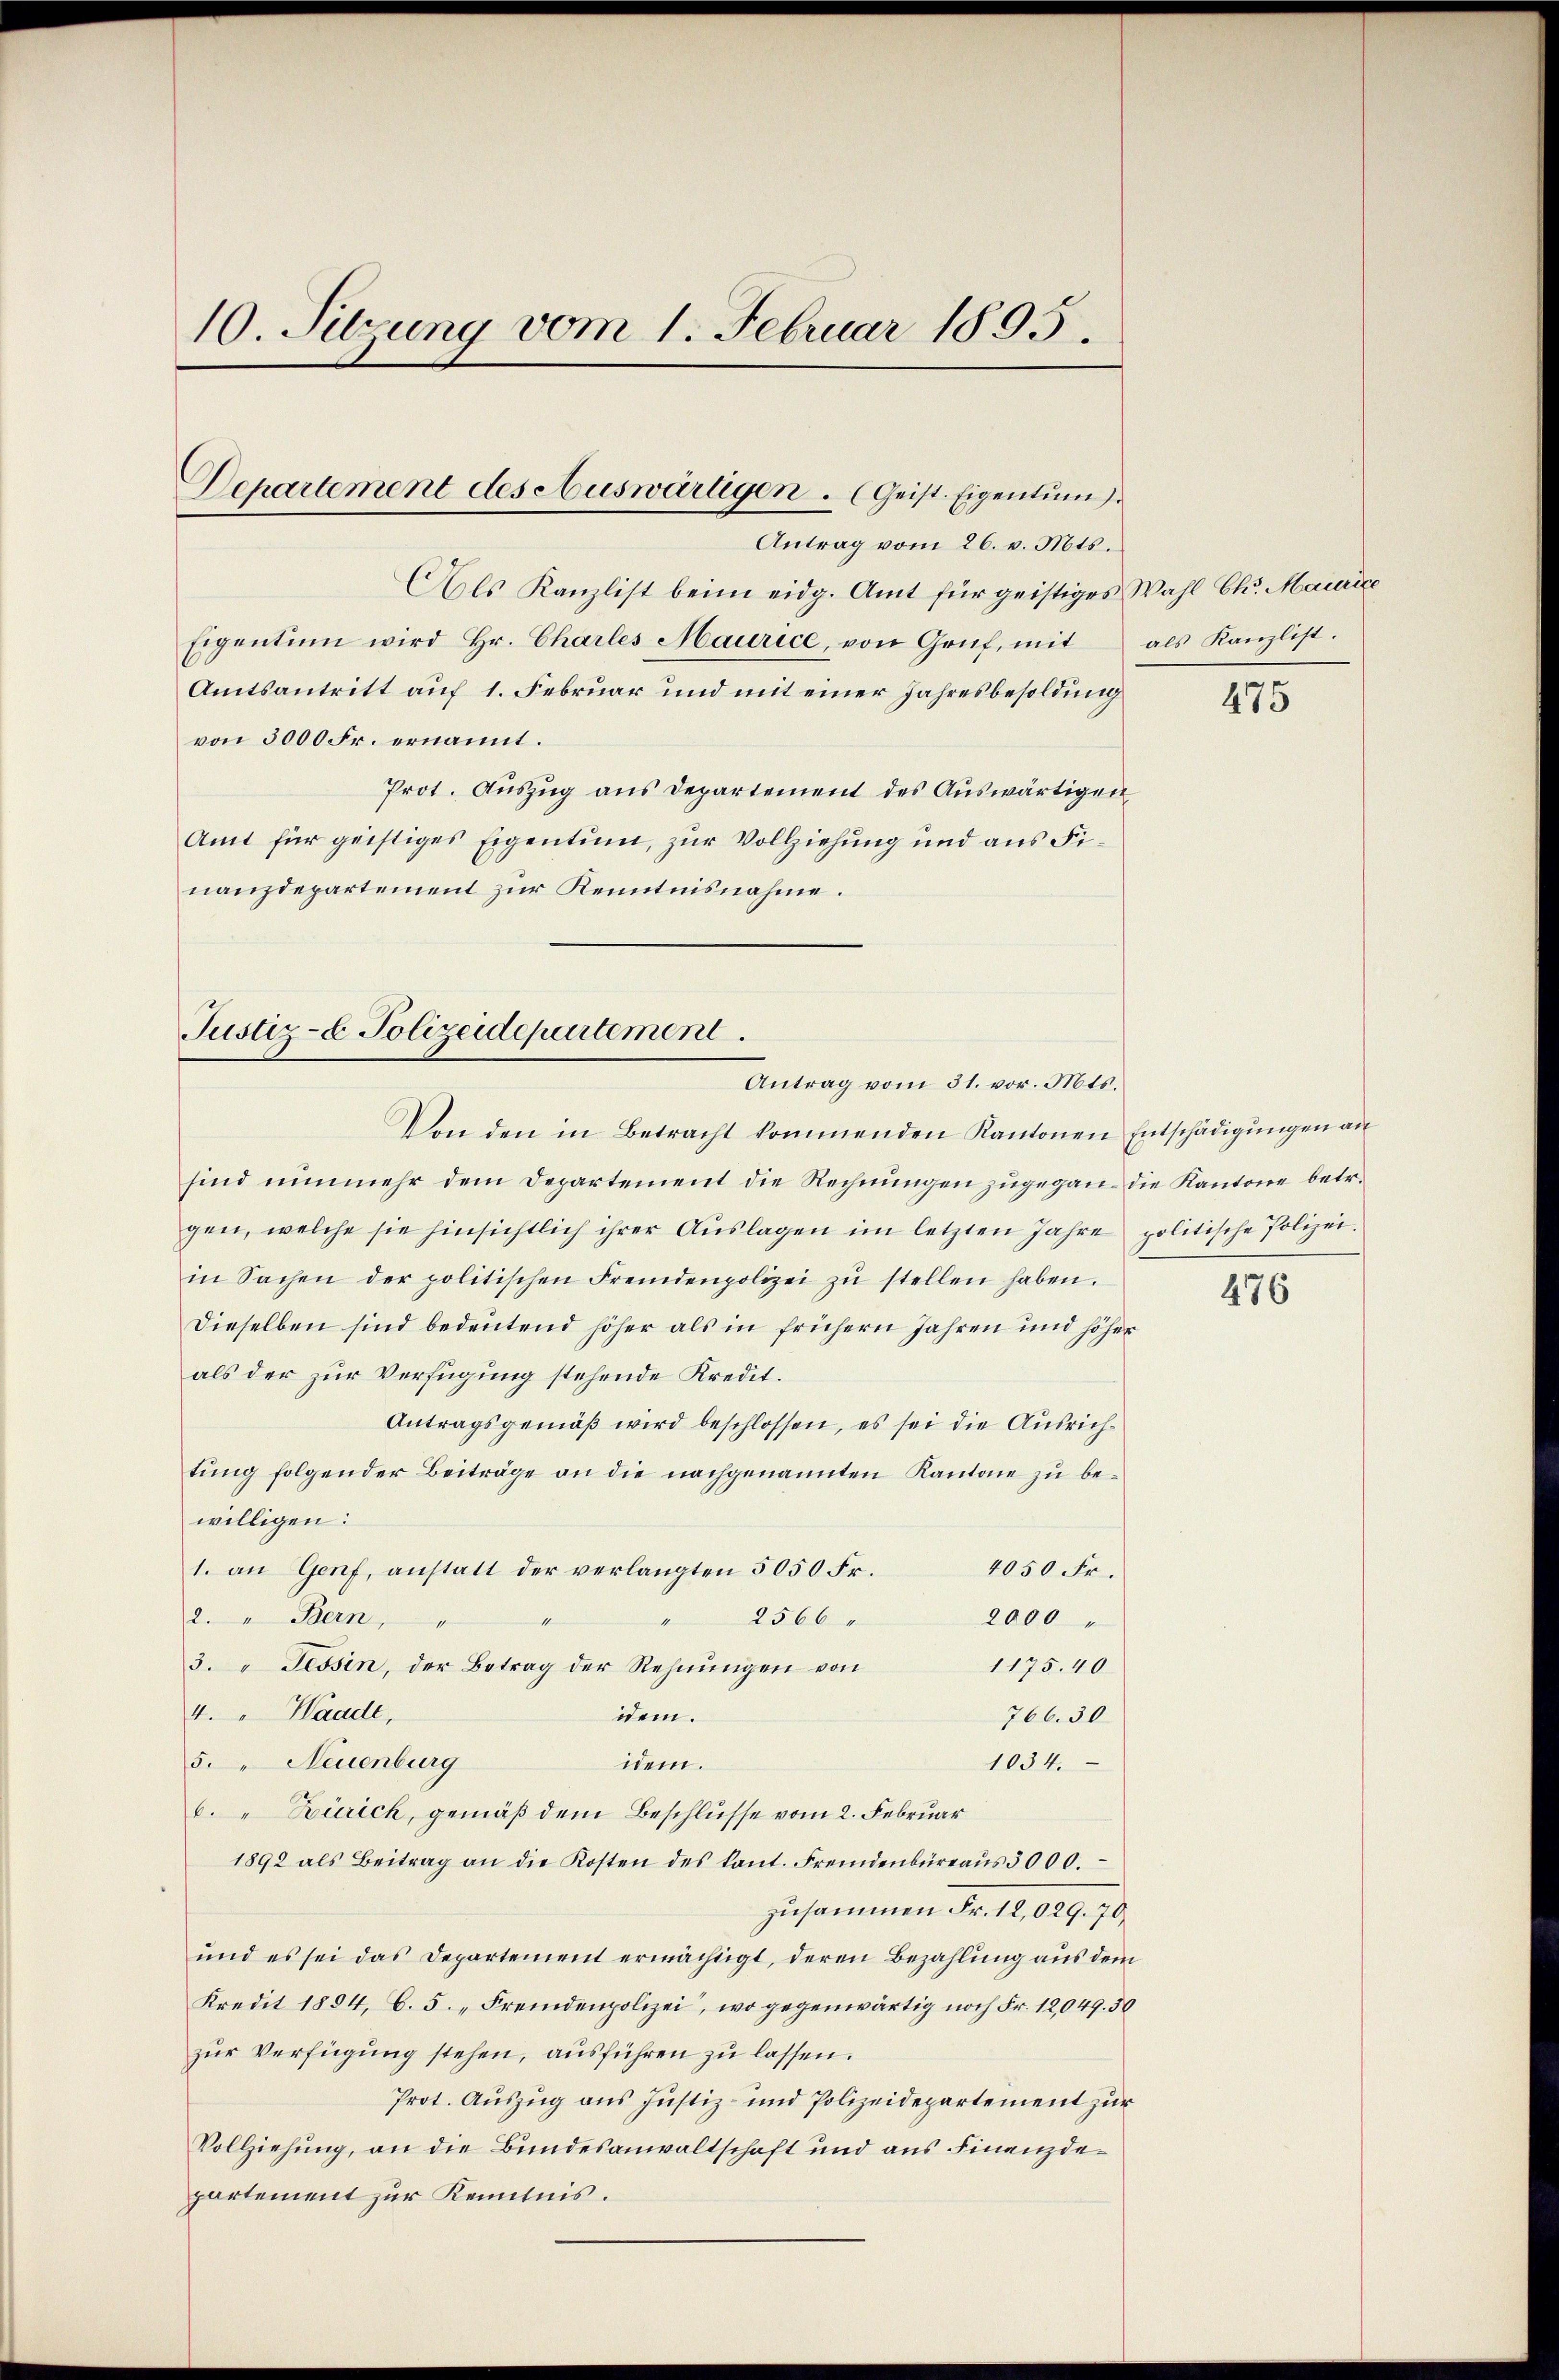
10. Sitzung vom 1. Februar 1805.

Als Kanzlist beim eidg. Amt für geistiges Wahl Ch. Maurice
Eigentum wird Hr. Charles Maurice, von Gruf, mit
Amtsantritt auf 1. Februar und mit einer Jahresbesoldung
von 5000 Fr. ernannt.
Prot. Auszug aus Departement des Auswärtigen
Amt für geistiges Eigentum, zur Vollziehung und aus Finanzdepartement zur Kenntnisnahme.

Departement des Auswärtigen. (Geist. Eigentum
Antrag vom 26. v. Mts.

Justiz- & Polizeidepartement.
Antrag vom 31. vor. Mts.

Von den in Betracht kommenden Kantonen Entschädigŭngen an
sind nunmehr dem Departement die Rechnungen zugegan-die Kantone betr.
gen, welche sie hinsichtlich ihrer Aŭslagen im letzten Jahre politische Polizei.
in Sachen der politischen Fremdenpolizei zŭ stellen haben.
Dieselben sind bedeutend höher als in frühern Jahren und höher
als der zur Verfügung stehende Kredit.
Antragsgemäß wird beschlossen, es sei die Ausrichtung folgender Beiträge an die nachgenannten Kantone zu bewilligen:
1. an Genf, anstatt der verlangten 5050 Fr.
4050 Fr.
2566
2. " Bern,
2000
1
3. " Tessin, der Betrag der Rehnungen von
1175.40
4. " Haade,
idem.
766. 30
5. Neuenburg
1034.
idem.
6. " Zürich, gemäß dem Beschlusse vom 2. Februar
1892 als Beitrag an die Kosten des kant. Fremdenbüreaŭs 3000.
zusammen Fr. 12,029. 70.
und es sei das Departement ermächtigt, deren Bezahlung aus dem
Kredit 1884, C. 5. „Fremdenpolizei, wo gegenwärtig noch Fr. 12,049. 50
zur Verfügung stehen, ausführen zu lassen.
Prot. Auszug aus Justiz- und Polizeidepartement zur
Vollziehung, an die Bundesanwaltschaft und aus Finanzdepartement zur Kenntnis.

als Kanzlist.

475

476